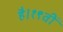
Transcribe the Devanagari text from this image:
है।१९वीं